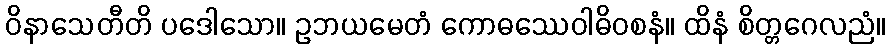
ဝိနာသေတီတိ ပဒေါသော။ ဥဘယမေတံ ကောဓဿေဝါဓိဝစနံ။ ထိနံ စိတ္တဂေလညံ။